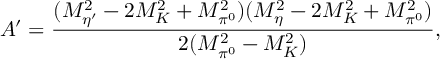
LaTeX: A ^ { \prime } = \frac { ( M _ { \eta ^ { \prime } } ^ { 2 } - 2 M _ { K } ^ { 2 } + M _ { \pi ^ { 0 } } ^ { 2 } ) ( M _ { \eta } ^ { 2 } - 2 M _ { K } ^ { 2 } + M _ { \pi ^ { 0 } } ^ { 2 } ) } { 2 ( M _ { \pi ^ { 0 } } ^ { 2 } - M _ { K } ^ { 2 } ) } ,